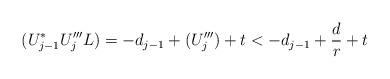
LaTeX: \begin{align*}(U_{j-1}^*U'''_jL) = -d_{j-1}+(U'''_j) +t < -d_{j-1}+\frac{d}{r}+t\end{align*}